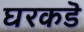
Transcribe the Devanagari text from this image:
घरकडॆ